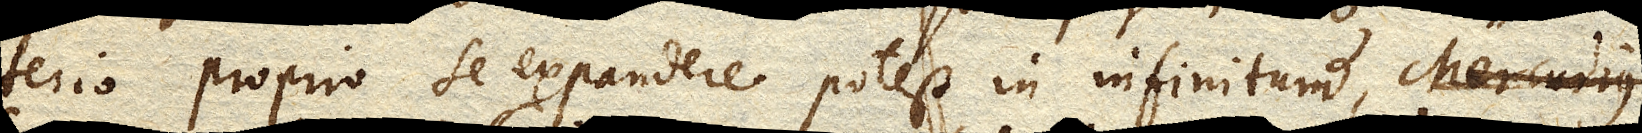
terio proprio se expandere potest in infinitum,